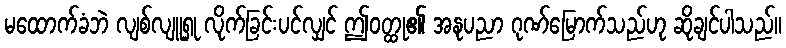
မထောက်ခံဘဲ လျစ်လျူရှု လိုက်ခြင်းပင်လျှင် ဤဝတ္ထု၏ အနုပညာ ဂုဏ်မြောက်သည်ဟု ဆိုချင်ပါသည်။